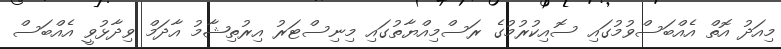
މިއަދު އޮތް އެއްބަސްވުމުގައި ސޮއިކުރުމުގެ ރަސްމިއްޔާތުގައި މިނިސްޓަރު އިރުތިޝާމު އާދަމް ވިދާޅުވީ އެއްބަސް